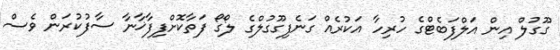
ގޫގުލް އިން އަލްފަބެޓްގެ ހުރިހާ އަކުރެއް ގަނެފިގޫގުލްގެ ލޯގޯ ފަތާކޮށްފިފާޚާނާ ސާފުކުރަން ވެސް